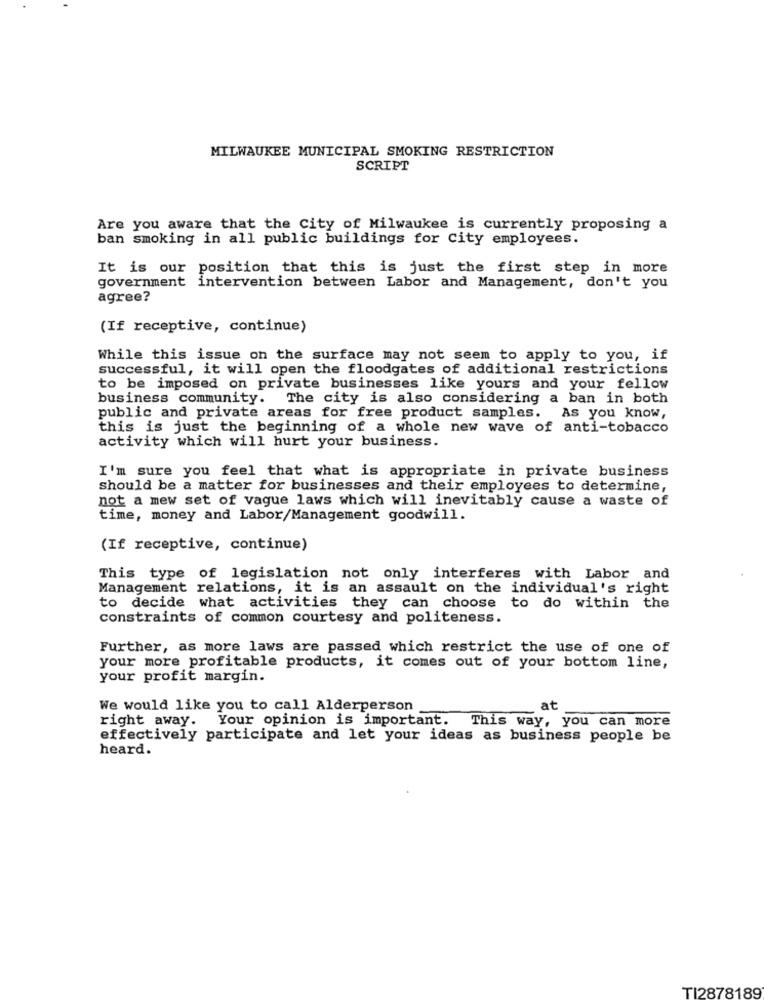
MILWAUKEE MUNICIPAL SMOKING RESTRICTION
SCRIPT
Are you aware that the City of Milwaukee is currently proposing a
ban smoking in all public buildings for city employees.
It is our position that this is just the first step in more
government intervention between Labor and Management, don't you
agree?
(If receptive, continue)
While this issue on the surface may not seem to apply to you, if
successful, it will open the floodgates of additional restrictions
to be imposed on private businesses like yours and your fellow
business community.
The city is also considering a ban in both
public and private areas for free product samples. As you know,
this is just the beginning of a whole new wave of anti-tobacco
activity which will hurt your business.
I'm sure you feel that what is appropriate in private business
should be a matter for businesses and their employees to determine,
not a mew set of vague laws which will inevitably cause a waste of
time, money and Labor/Management goodwill.
(If receptive, continue)
This type of legislation not only interferes with Labor and
Management relations, it is an assault on the individual's right
to decide what activities they can choose to do within the
constraints of common courtesy and politeness.
Further, as more laws are passed which restrict the use of one of
your more profitable products, it comes out of your bottom line,
your profit margin.
We would like you to call Alderperson
at
right away. Your opinion is important.
This way, you can more
effectively participate and let your ideas as business people be
heard.
TI2878189